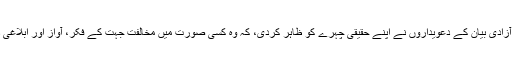
اس عمل سے جمہوریت اور آزادی بیان کے دعویداروں نے اپنے حقیقی چہرے کو ظاہر کردی، کہ وہ کسی صورت میں مخالفت جہت کے فکر، آواز اور ابلاغی ذرائع کا احترام نہیں رکھتے۔